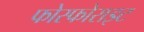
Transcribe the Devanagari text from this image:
फोस्फोराइट